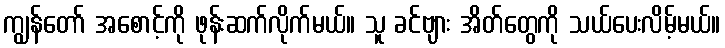
ကျွန်တော် အစောင့်ကို ဖုန်းဆက်လိုက်မယ်။ သူ ခင်ဗျား အိတ်တွေကို သယ်ပေးလိမ့်မယ်။